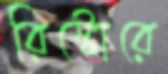
রিস্টোরে